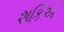
શકિએ